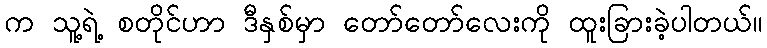
က သူ့ရဲ့ စတိုင်ဟာ ဒီနှစ်မှာ တော်တော်လေးကို ထူးခြားခဲ့ပါတယ်။